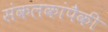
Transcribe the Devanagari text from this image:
संकलकांपैकी